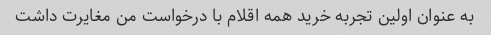
به عنوان اولین تجربه خرید همه اقلام با درخواست من مغایرت داشت